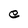
Character: e